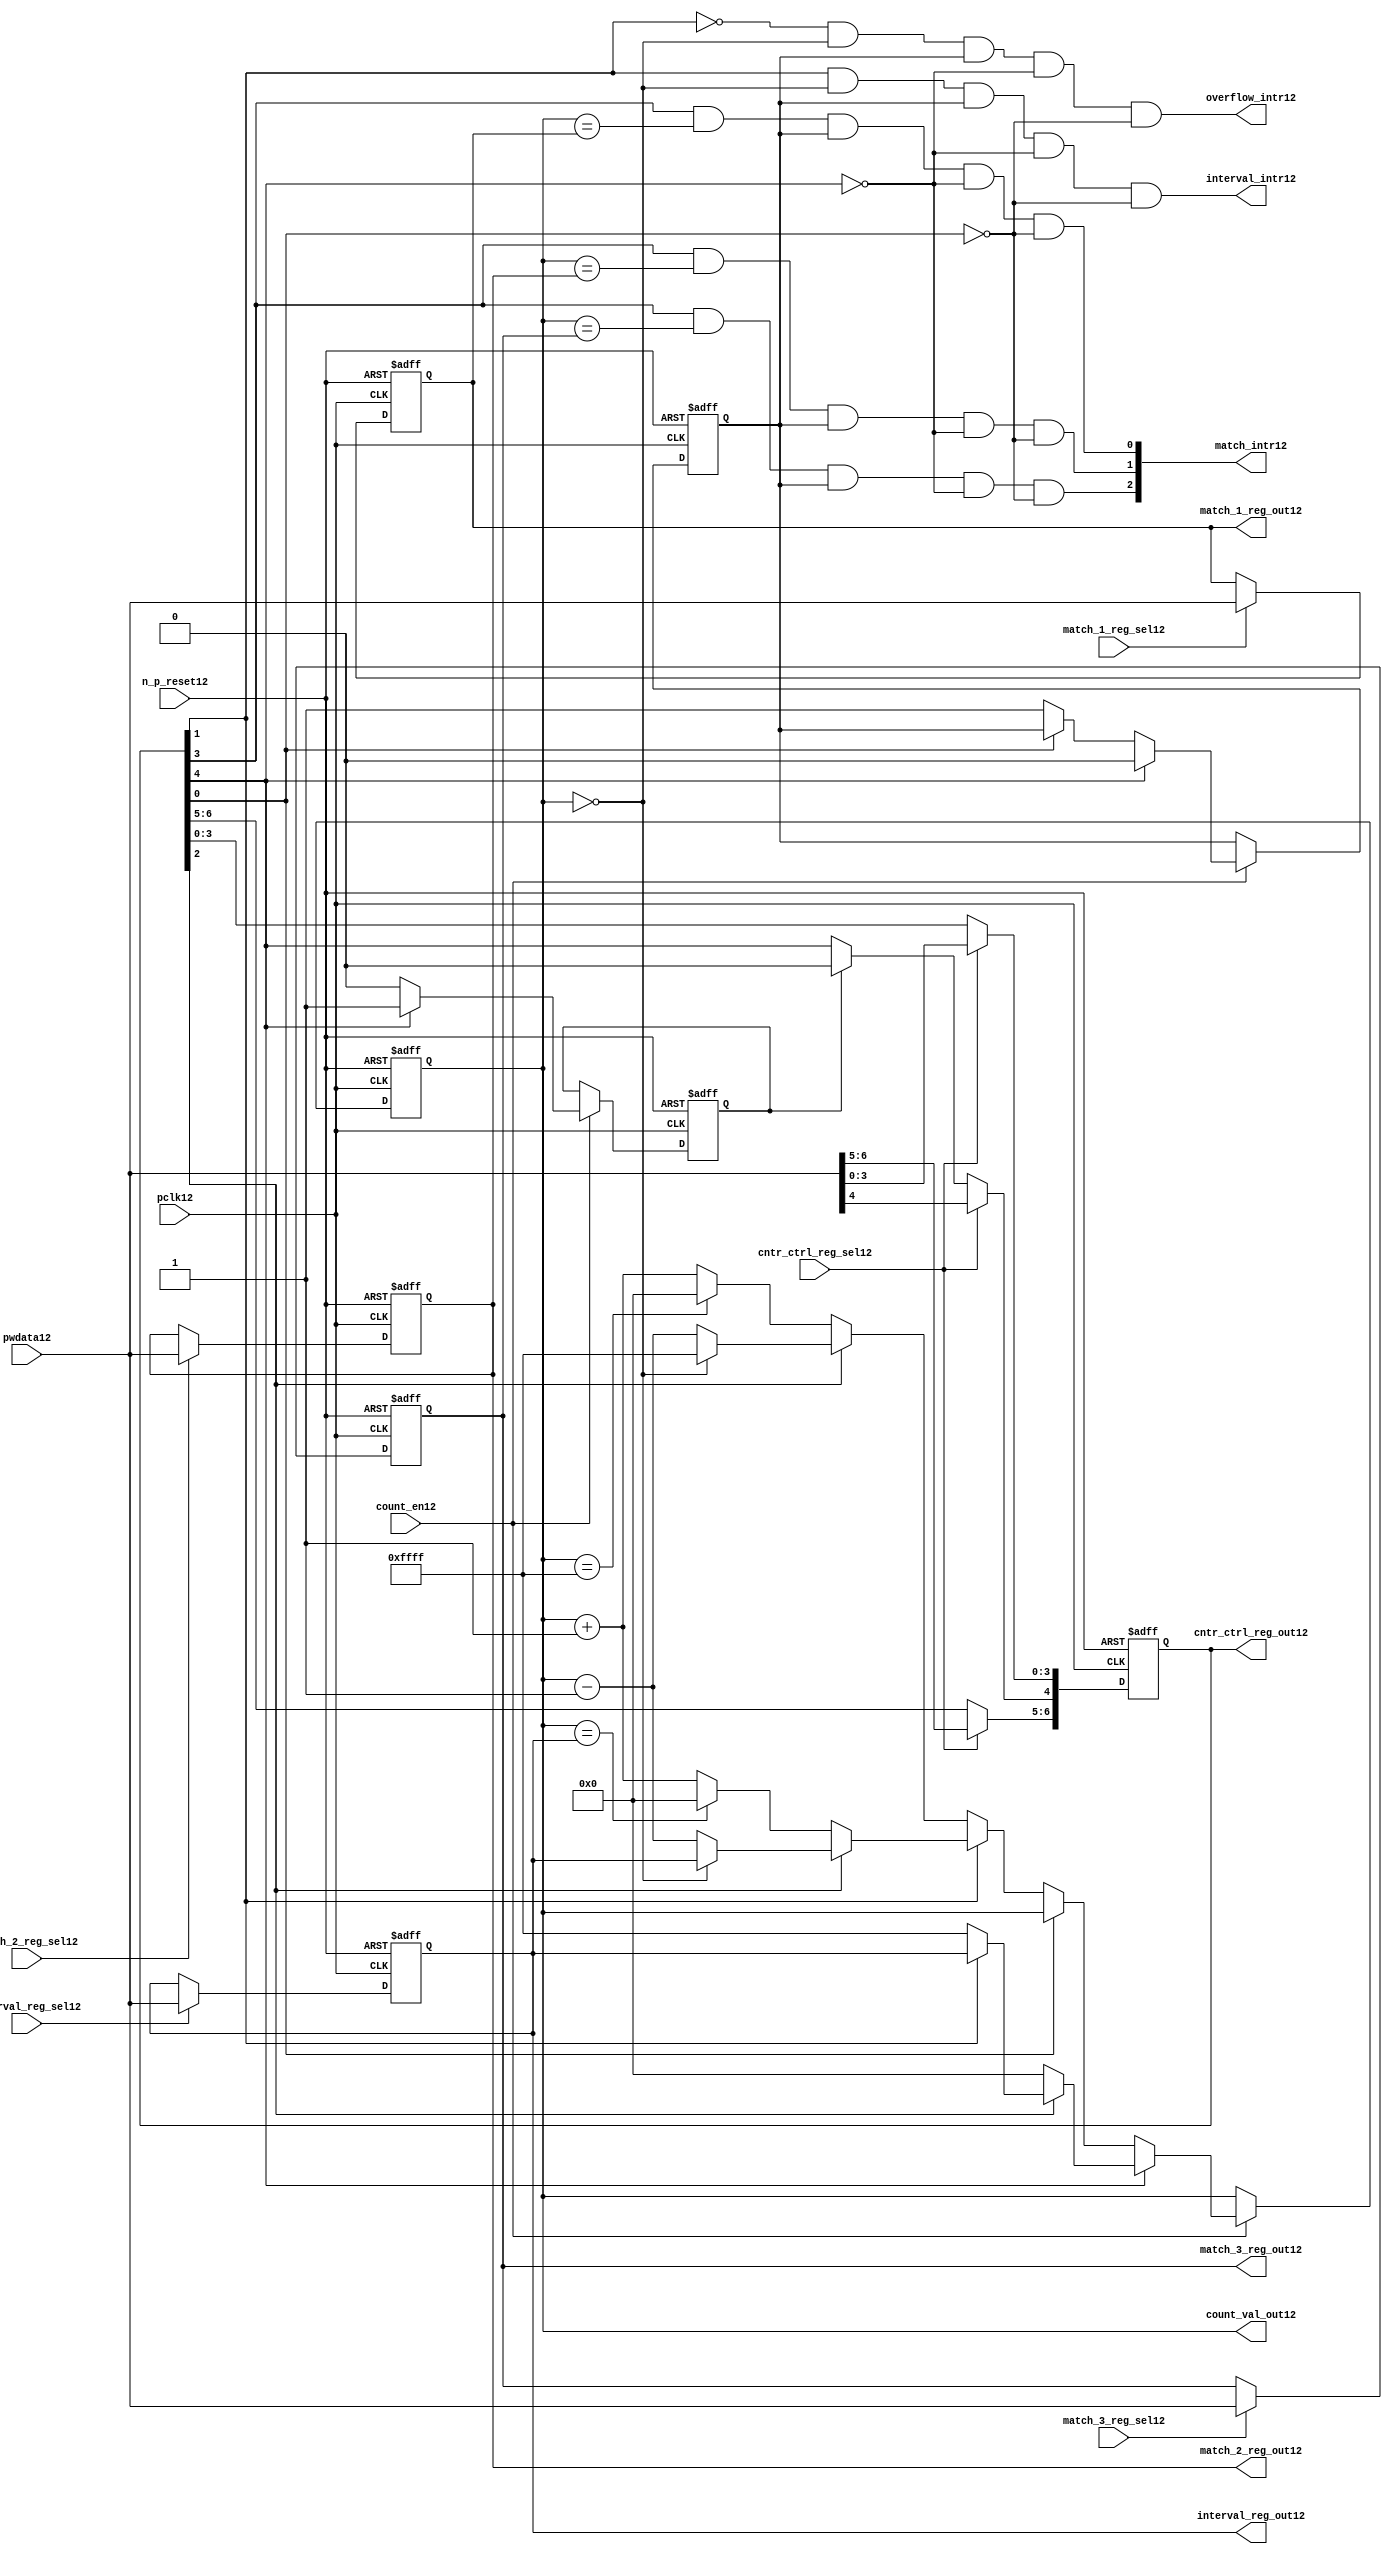
//File12 name   : ttc_counter_lite12.v
//Title12       : 
//Created12     : 1999
//Description12 :The counter can increment and decrement.
//   In increment mode instead of counting12 to its full 16 bit
//   value the counter counts12 up to or down from a programmed12 interval12 value.
//   Interrupts12 are issued12 when the counter overflows12 or reaches12 it's interval12
//   value. In match mode if the count value equals12 that stored12 in one of three12
//   match registers an interrupt12 is issued12.
//Notes12       : 
//----------------------------------------------------------------------
//   Copyright12 1999-2010 Cadence12 Design12 Systems12, Inc12.
//   All Rights12 Reserved12 Worldwide12
//
//   Licensed12 under the Apache12 License12, Version12 2.0 (the
//   "License12"); you may not use this file except12 in
//   compliance12 with the License12.  You may obtain12 a copy of
//   the License12 at
//
//       http12://www12.apache12.org12/licenses12/LICENSE12-2.0
//
//   Unless12 required12 by applicable12 law12 or agreed12 to in
//   writing, software12 distributed12 under the License12 is
//   distributed12 on an "AS12 IS12" BASIS12, WITHOUT12 WARRANTIES12 OR12
//   CONDITIONS12 OF12 ANY12 KIND12, either12 express12 or implied12.  See
//   the License12 for the specific12 language12 governing12
//   permissions12 and limitations12 under the License12.
//----------------------------------------------------------------------
//


module ttc_counter_lite12(

  //inputs12
  n_p_reset12,    
  pclk12,          
  pwdata12,              
  count_en12,
  cntr_ctrl_reg_sel12, 
  interval_reg_sel12,
  match_1_reg_sel12,
  match_2_reg_sel12,
  match_3_reg_sel12,         

  //outputs12    
  count_val_out12,
  cntr_ctrl_reg_out12,
  interval_reg_out12,
  match_1_reg_out12,
  match_2_reg_out12,
  match_3_reg_out12,
  interval_intr12,
  match_intr12,
  overflow_intr12

);


//--------------------------------------------------------------------
// PORT DECLARATIONS12
//--------------------------------------------------------------------

   //inputs12
   input          n_p_reset12;         //reset signal12
   input          pclk12;              //System12 Clock12
   input [15:0]   pwdata12;            //6 Bit12 data signal12
   input          count_en12;          //Count12 enable signal12
   input          cntr_ctrl_reg_sel12; //Select12 bit for ctrl_reg12
   input          interval_reg_sel12;  //Interval12 Select12 Register
   input          match_1_reg_sel12;   //Match12 1 Select12 register
   input          match_2_reg_sel12;   //Match12 2 Select12 register
   input          match_3_reg_sel12;   //Match12 3 Select12 register

   //outputs12
   output [15:0]  count_val_out12;        //Value for counter reg
   output [6:0]   cntr_ctrl_reg_out12;    //Counter12 control12 reg select12
   output [15:0]  interval_reg_out12;     //Interval12 reg
   output [15:0]  match_1_reg_out12;      //Match12 1 register
   output [15:0]  match_2_reg_out12;      //Match12 2 register
   output [15:0]  match_3_reg_out12;      //Match12 3 register
   output         interval_intr12;        //Interval12 interrupt12
   output [3:1]   match_intr12;           //Match12 interrupt12
   output         overflow_intr12;        //Overflow12 interrupt12

//--------------------------------------------------------------------
// Internal Signals12 & Registers12
//--------------------------------------------------------------------

   reg [6:0]      cntr_ctrl_reg12;     // 5-bit Counter12 Control12 Register
   reg [15:0]     interval_reg12;      //16-bit Interval12 Register 
   reg [15:0]     match_1_reg12;       //16-bit Match_112 Register
   reg [15:0]     match_2_reg12;       //16-bit Match_212 Register
   reg [15:0]     match_3_reg12;       //16-bit Match_312 Register
   reg [15:0]     count_val12;         //16-bit counter value register
                                                                      
   
   reg            counting12;          //counter has starting counting12
   reg            restart_temp12;   //ensures12 soft12 reset lasts12 1 cycle    
   
   wire [6:0]     cntr_ctrl_reg_out12; //7-bit Counter12 Control12 Register
   wire [15:0]    interval_reg_out12;  //16-bit Interval12 Register 
   wire [15:0]    match_1_reg_out12;   //16-bit Match_112 Register
   wire [15:0]    match_2_reg_out12;   //16-bit Match_212 Register
   wire [15:0]    match_3_reg_out12;   //16-bit Match_312 Register
   wire [15:0]    count_val_out12;     //16-bit counter value register

//-------------------------------------------------------------------
// Assign12 output wires12
//-------------------------------------------------------------------

   assign cntr_ctrl_reg_out12 = cntr_ctrl_reg12;    // 7-bit Counter12 Control12
   assign interval_reg_out12  = interval_reg12;     // 16-bit Interval12
   assign match_1_reg_out12   = match_1_reg12;      // 16-bit Match_112
   assign match_2_reg_out12   = match_2_reg12;      // 16-bit Match_212 
   assign match_3_reg_out12   = match_3_reg12;      // 16-bit Match_312 
   assign count_val_out12     = count_val12;        // 16-bit counter value
   
//--------------------------------------------------------------------
// Assigning12 interrupts12
//--------------------------------------------------------------------

   assign interval_intr12 =  cntr_ctrl_reg12[1] & (count_val12 == 16'h0000)
      & (counting12) & ~cntr_ctrl_reg12[4] & ~cntr_ctrl_reg12[0];
   assign overflow_intr12 = ~cntr_ctrl_reg12[1] & (count_val12 == 16'h0000)
      & (counting12) & ~cntr_ctrl_reg12[4] & ~cntr_ctrl_reg12[0];
   assign match_intr12[1]  =  cntr_ctrl_reg12[3] & (count_val12 == match_1_reg12)
      & (counting12) & ~cntr_ctrl_reg12[4] & ~cntr_ctrl_reg12[0];
   assign match_intr12[2]  =  cntr_ctrl_reg12[3] & (count_val12 == match_2_reg12)
      & (counting12) & ~cntr_ctrl_reg12[4] & ~cntr_ctrl_reg12[0];
   assign match_intr12[3]  =  cntr_ctrl_reg12[3] & (count_val12 == match_3_reg12)
      & (counting12) & ~cntr_ctrl_reg12[4] & ~cntr_ctrl_reg12[0];


//    p_reg_ctrl12: Process12 to write to the counter control12 registers
//    cntr_ctrl_reg12 decode:  0 - Counter12 Enable12 Active12 Low12
//                           1 - Interval12 Mode12 =1, Overflow12 =0
//                           2 - Decrement12 Mode12
//                           3 - Match12 Mode12
//                           4 - Restart12
//                           5 - Waveform12 enable active low12
//                           6 - Waveform12 polarity12
   
   always @ (posedge pclk12 or negedge n_p_reset12)
   begin: p_reg_ctrl12  // Register writes
      
      if (!n_p_reset12)                                   
      begin                                     
         cntr_ctrl_reg12 <= 7'b0000001;
         interval_reg12  <= 16'h0000;
         match_1_reg12   <= 16'h0000;
         match_2_reg12   <= 16'h0000;
         match_3_reg12   <= 16'h0000;  
      end    
      else 
      begin
         if (cntr_ctrl_reg_sel12)
            cntr_ctrl_reg12 <= pwdata12[6:0];
         else if (restart_temp12)
            cntr_ctrl_reg12[4]  <= 1'b0;    
         else 
            cntr_ctrl_reg12 <= cntr_ctrl_reg12;             

         interval_reg12  <= (interval_reg_sel12) ? pwdata12 : interval_reg12;
         match_1_reg12   <= (match_1_reg_sel12)  ? pwdata12 : match_1_reg12;
         match_2_reg12   <= (match_2_reg_sel12)  ? pwdata12 : match_2_reg12;
         match_3_reg12   <= (match_3_reg_sel12)  ? pwdata12 : match_3_reg12;   
      end
      
   end  //p_reg_ctrl12

   
//    p_cntr12: Process12 to increment or decrement the counter on receiving12 a 
//            count_en12 signal12 from the pre_scaler12. Count12 can be restarted12
//            or disabled and can overflow12 at a specified interval12 value.
   
   
   always @ (posedge pclk12 or negedge n_p_reset12)
   begin: p_cntr12   // Counter12 block

      if (!n_p_reset12)     //System12 Reset12
      begin                     
         count_val12 <= 16'h0000;
         counting12  <= 1'b0;
         restart_temp12 <= 1'b0;
      end
      else if (count_en12)
      begin
         
         if (cntr_ctrl_reg12[4])     //Restart12
         begin     
            if (~cntr_ctrl_reg12[2])  
               count_val12         <= 16'h0000;
            else
            begin
              if (cntr_ctrl_reg12[1])
                 count_val12         <= interval_reg12;     
              else
                 count_val12         <= 16'hFFFF;     
            end
            counting12       <= 1'b0;
            restart_temp12   <= 1'b1;

         end
         else 
         begin
            if (!cntr_ctrl_reg12[0])          //Low12 Active12 Counter12 Enable12
            begin

               if (cntr_ctrl_reg12[1])  //Interval12               
                  if (cntr_ctrl_reg12[2])  //Decrement12        
                  begin
                     if (count_val12 == 16'h0000)
                        count_val12 <= interval_reg12;  //Assumed12 Static12
                     else
                        count_val12 <= count_val12 - 16'h0001;
                  end
                  else                   //Increment12
                  begin
                     if (count_val12 == interval_reg12)
                        count_val12 <= 16'h0000;
                     else           
                        count_val12 <= count_val12 + 16'h0001;
                  end
               else    
               begin  //Overflow12
                  if (cntr_ctrl_reg12[2])   //Decrement12
                  begin
                     if (count_val12 == 16'h0000)
                        count_val12 <= 16'hFFFF;
                     else           
                        count_val12 <= count_val12 - 16'h0001;
                  end
                  else                    //Increment12
                  begin
                     if (count_val12 == 16'hFFFF)
                        count_val12 <= 16'h0000;
                     else           
                        count_val12 <= count_val12 + 16'h0001;
                  end 
               end
               counting12  <= 1'b1;
            end     
            else
               count_val12 <= count_val12;   //Disabled12
   
            restart_temp12 <= 1'b0;
      
         end
     
      end // if (count_en12)

      else
      begin
         count_val12    <= count_val12;
         counting12     <= counting12;
         restart_temp12 <= restart_temp12;               
      end
     
   end  //p_cntr12

endmodule